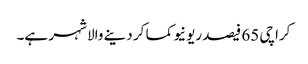
کراچی 65 فیصد ریونیو کما کر دینے والا شہر ہے۔